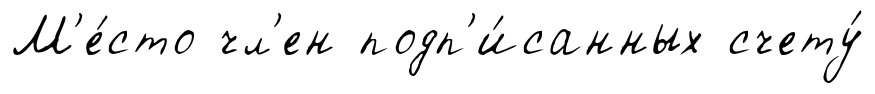
М'е́сто чл'ен подп'и́санных счету́